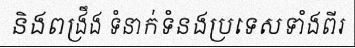
និងពង្រឹង ទំនាក់ទំនងប្រទេសទាំងពីរ